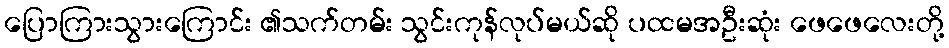
ပြောကြားသွားကြောင်း ၏သက်တမ်း သွင်းကုန်လုပ်မယ်ဆို ပထမအဦးဆုံး ဖေဖေလေးတို့